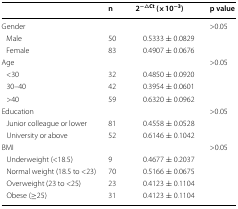
<table><thead><tr><td></td><td><b>n</b></td><td><b>2<sup>−△Ct</sup> (×10<sup>−3</sup>)</b></td><td><b>p value</b></td></tr></thead><tbody><tr><td>Gender</td><td></td><td></td><td>&gt;0.05</td></tr><tr><td> Male</td><td>50</td><td>0.5333 ± 0.0829</td><td></td></tr><tr><td> Female</td><td>83</td><td>0.4907 ± 0.0676</td><td></td></tr><tr><td>Age</td><td></td><td></td><td>&gt;0.05</td></tr><tr><td> &lt;30</td><td>32</td><td>0.4850 ± 0.0920 </td><td></td></tr><tr><td> 30–40</td><td>42</td><td>0.3954 ± 0.0601</td><td></td></tr><tr><td> &gt;40</td><td>59</td><td>0.6320 ± 0.0962</td><td></td></tr><tr><td>Education</td><td></td><td></td><td>&gt;0.05</td></tr><tr><td> Junior colleague or lower</td><td>81</td><td>0.4558 ± 0.0528</td><td></td></tr><tr><td> University or above</td><td>52</td><td>0.6146 ± 0.1042</td><td></td></tr><tr><td>BMI</td><td></td><td></td><td>&gt;0.05</td></tr><tr><td> Underweight (&lt;18.5)</td><td>9</td><td>0.4677 ± 0.2037</td><td></td></tr><tr><td> Normal weight (18.5 to &lt;23)</td><td>70</td><td>0.5166 ± 0.0675</td><td></td></tr><tr><td> Overweight (23 to &lt;25)</td><td>23</td><td>0.4123 ± 0.1104</td><td></td></tr><tr><td> Obese (≥25)</td><td>31</td><td>0.4123 ± 0.1104</td><td></td></tr></tbody></table>